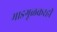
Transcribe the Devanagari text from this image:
माडगूळकरही